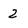
Character: 2